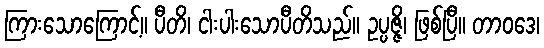
ကြားသောကြောင့်။ ပီတိ၊ ငါးပါးသောပီတိသည်။ ဥပ္ပဇ္ဇိ၊ ဖြစ်ပြီ။ တာဝဒေ၊